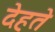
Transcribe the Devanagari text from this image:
देहते